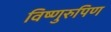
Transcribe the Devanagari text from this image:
विष्णुरुपिण